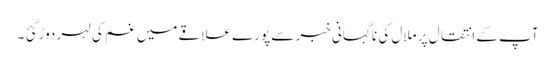
آپ کے انتقال پر ملال کی نا گہانی خبر سے پورے علاقے میں غم کی لہر دوڑ گئ ۔